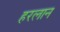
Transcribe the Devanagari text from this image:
हरलान